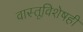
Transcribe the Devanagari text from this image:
वास्तूविशेषही